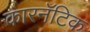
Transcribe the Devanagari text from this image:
कारनॅटिक